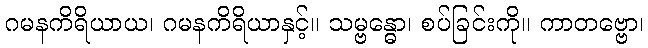
ဂမနကိရိယာယ၊ ဂမနကိရိယာနှင့်။ သမ္ဗန္ဓော၊ စပ်ခြင်းကို။ ကာတဗ္ဗော၊